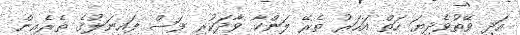
އަދި ވޭތުވެދިޔަ ހަތް އަހަރު ތެރޭ ލަންކާ ވާދަކުރި ފަސް ފައިނަލުގެ ތެރެއިން